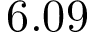
6 . 0 9